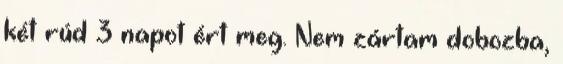
két rúd 3 napot ért meg. Nem zártam dobozba,